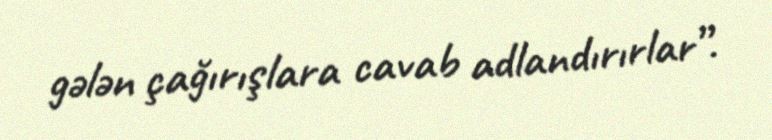
gələn çağırışlara cavab adlandırırlar”.